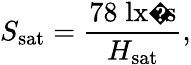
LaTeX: S_{\mathrm{sat}}={\frac{78\; {\mathrm{lx�s}}}{H_{\mathrm{sat}}}},